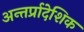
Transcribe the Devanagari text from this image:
अन्तर्प्रादेशिक